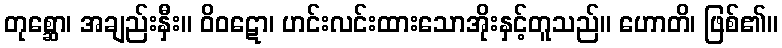
တုစ္ဆော၊ အချည်းနှီး။ ဝိဝဋော၊ ဟင်းလင်းထားသောအိုးနှင့်တူသည်။ ဟောတိ၊ ဖြစ်၏။